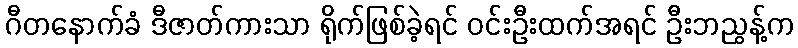
ဂီတနောက်ခံ ဒီဇာတ်ကားသာ ရိုက်ဖြစ်ခဲ့ရင် ဝင်းဦးထက်အရင် ဦးဘညွန့်က